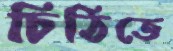
চিঠিতে